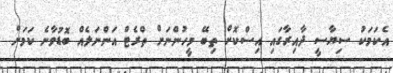
އެކަމަކު ސިޔާސީ ދާއިރާގައި އިސްކޮށް ތިބޭ މީހުންނަށް ތްރެޓް އަންނަލެއް ބޮޑުވާނެ ކަމަށް